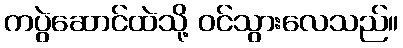
ကပွဲဆောင်ထဲသို့ ဝင်သွားလေသည်။